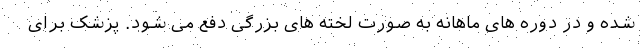
شده و در دوره های ماهانه به صورت لخته های بزرگی دفع می شود. پزشک برای